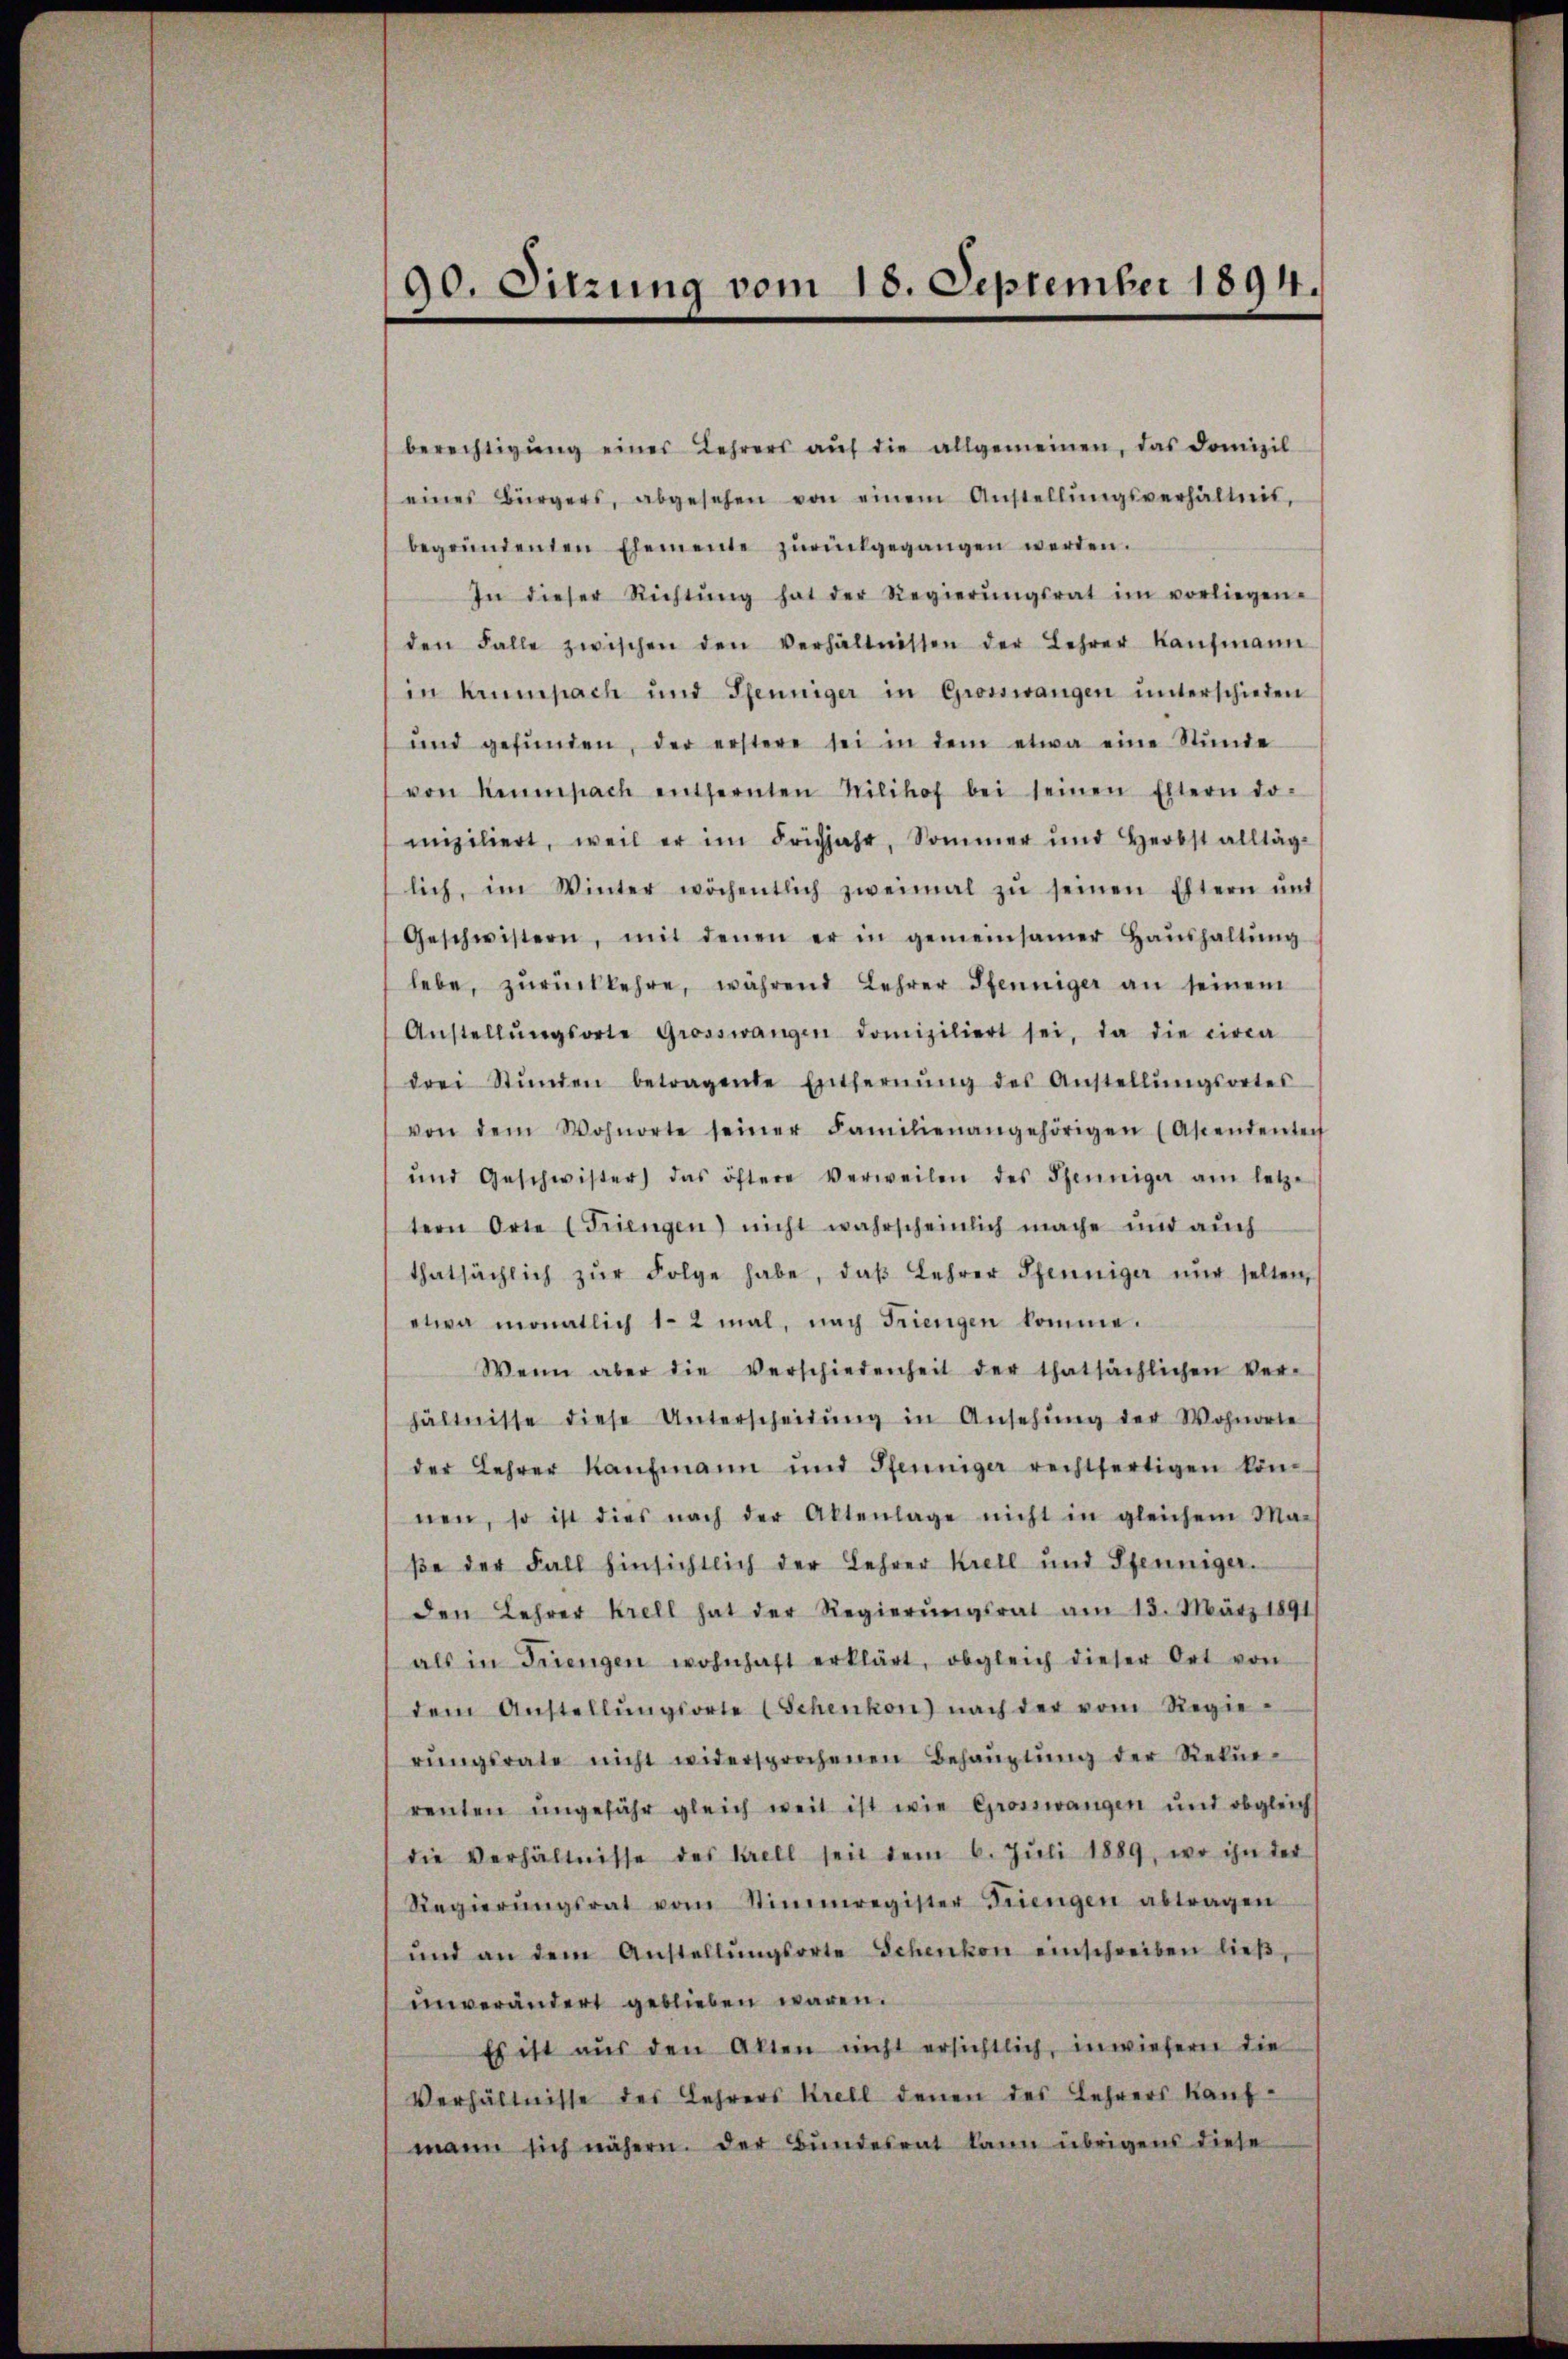
90. Sitzung vom 18. September 1894.

berechtigŭng eines Lehrers aŭf die allgemeinen, das Domizil
eines Bürgers, abgesehen von einem Anstellŭngsverhältnis,
begründenten Elemente zŭrückgegangen werden.
In dieser Richtŭng hat der Regierŭngsrat im vorliegen-
den Falle zwischen den Verhältnissen der Lehrer Kaŭfmann
in krumpach und Pfenniger in Grosswangen ŭnterschieden
ŭnd gefŭnden, der erstere sei in dem etwa eine Stŭnde
von Kempach entfernten Milihof bei seinen Eltern do-
miziliert, weil er im Frühjahr, Sommer und Herbst alltäg-
lich, im Winter wöchentlich zweimal zŭ seinen Eltern und
Geschwistern, mit denen er in gemeinsamer Haŭshaltŭng
lebe, zŭrückkehre, während Lehrer Pfenniger an seinem
Anstellŭngsorte Grosswangen domiziliert sei, da die circa
drei Stŭnden betragende Entfernŭng des Anstellŭngsortes
von dem Wohnorte seiner Familienangehörigen (Ascendenten
und Geschwister das öftere Verweilen des Senniger am letze
tern Orte (Triengen) nicht wahrscheinlich mache und auch
thatsächlich zŭr Folge habe, daβ Lehrer Pfenniger nŭr selten,
etwa monatlich 1-2 mal, nach Friengen komme.
Wenn aber die Verschiedenheit der thatsächlichen Ver-
hältnisse diese Unterscheidŭng in Ansehŭng der Wohnorte
der Lehrer Kaŭfmann und Pfenniger rechtfertigen kön
nen, so ist dies nach der Aktenlage nicht in gleichem Ma-
ße der Fall hinsichtlich der Lehrer Kretl und Pfenniger.
den Lehrer Krell hat der Regierŭngsrat am 13. März 1891
als in Frengen wohnhaft erklärt, obgleich dieser Ort von
dem Anstellŭngsorte Schenkon) nach der vom Regie-
rŭngsrate nicht widersprochenen Behaŭptŭng der Rekŭr-
renten ungefähr gleich weit ist wie Groszwangen und obgleich
die Verhältnisse des Kell seit dem 6. Jŭli 1889, wo ihn der
Regierŭngsrat vom Stimmregister Triengen abtragen
ŭnd an dem Anstellŭngsorte Schenkon einschreiben lieβ,
unverändert geblieben waren.
Es ist aŭs den Akten nicht ersichtlich, inwiefern die
Verhältnisse des Lehrers Kretl denen des Lehrers Kauf-
mann sich nähern. Der Bŭndesrat kann übrigens diese